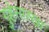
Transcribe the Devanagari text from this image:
गुहेसारखा